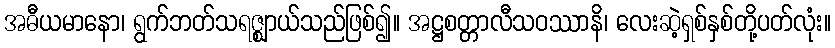
အဓီယမာနော၊ ရွက်ဘတ်သရဇ္ဈာယ်သည်ဖြစ်၍။ အဋ္ဌစတ္တာလီသဝဿာနိ၊ လေးဆဲ့ရှစ်နှစ်တို့ပတ်လုံး။